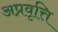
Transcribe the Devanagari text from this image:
अप्रवृत्ति